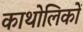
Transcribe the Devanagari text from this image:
काथोलिकों